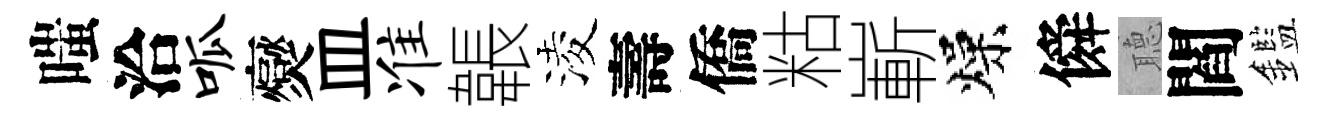
嗤洽呱爕皿准韔淩壽僑䊀嶄燥僢𦗟閻鑑